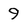
Character: 9